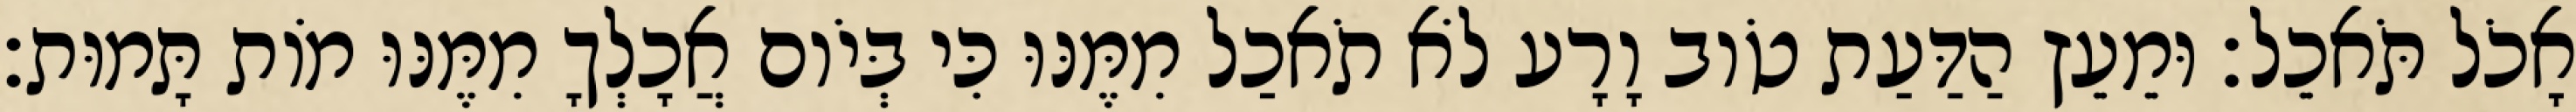
אָכֹל תֹּאכֵל׃ וּמֵעֵץ הַדַּעַת טֹוב וָרָע לֹא תֹאכַל מִמֶּנּוּ כִּי בְּיֹום אֲכָלְךָ מִמֶּנּוּ מֹות תָּמוּת׃